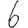
Digit: 6